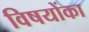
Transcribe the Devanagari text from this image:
विषयोंका